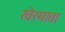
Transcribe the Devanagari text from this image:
खेरमाता